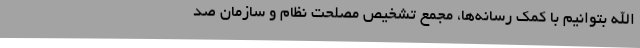
ا‌الله بتوانیم با کمک رسانه‌ها، مجمع تشخیص مصلحت نظام و سازمان صد